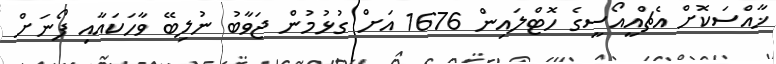
ޚާއްސަކޮށް އެޗްއީއޯސީގެ ހޮޓްލައިން 1676 އަށް ގުޅުމުން ޖަވާބު ނުލިބޭ ވާހަކައާއި ފޯނަށް